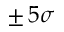
\pm \, 5 \sigma